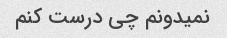
نمیدونم چی درست کنم